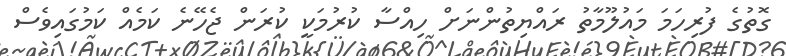
ގޮތުގެ ފުރިހަމަ މައުލޫމާތު ރައްޔިތުންނަށް ހިއްސާ ކުރުމަކީ ކުރަން ޖެހޭނެ ކަމެއް ކަމުގައިވެސް